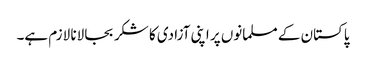
پاکستان کے مسلمانوں پر اپنی آزادی کا شکر بجا لانا لازم ہے۔